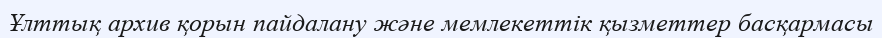
Ұлттық архив қорын пайдалану және мемлекеттік қызметтер басқармасы